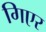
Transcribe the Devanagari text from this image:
गिएर